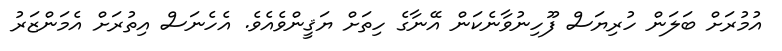
އުމުރަށް ބަލަން ހުރިޔަސް ފޫހިނުވާނެކަން އޭނާގެ ހިތަށް ޔަޤީންވެއެވެ. އެހެނަސް އިތުރަށް އެމަންޒަރު